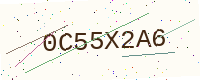
Text: 0C55X2A6